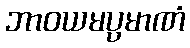
ဘာဝယမပ္ပမာဏံ